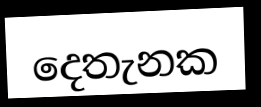
දෙතැනක